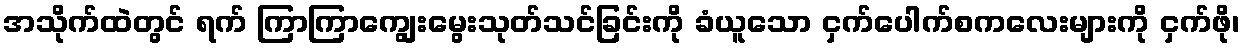
အသိုက်ထဲတွင် ရက် ကြာကြာကျွေးမွေးသုတ်သင်ခြင်းကို ခံယူသော ငှက်ပေါက်စကလေးများကို ငှက်ဖို၊